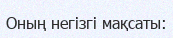
Оның негізгі мақсаты: